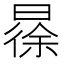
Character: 𣉹